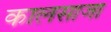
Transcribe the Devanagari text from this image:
कालसाजा